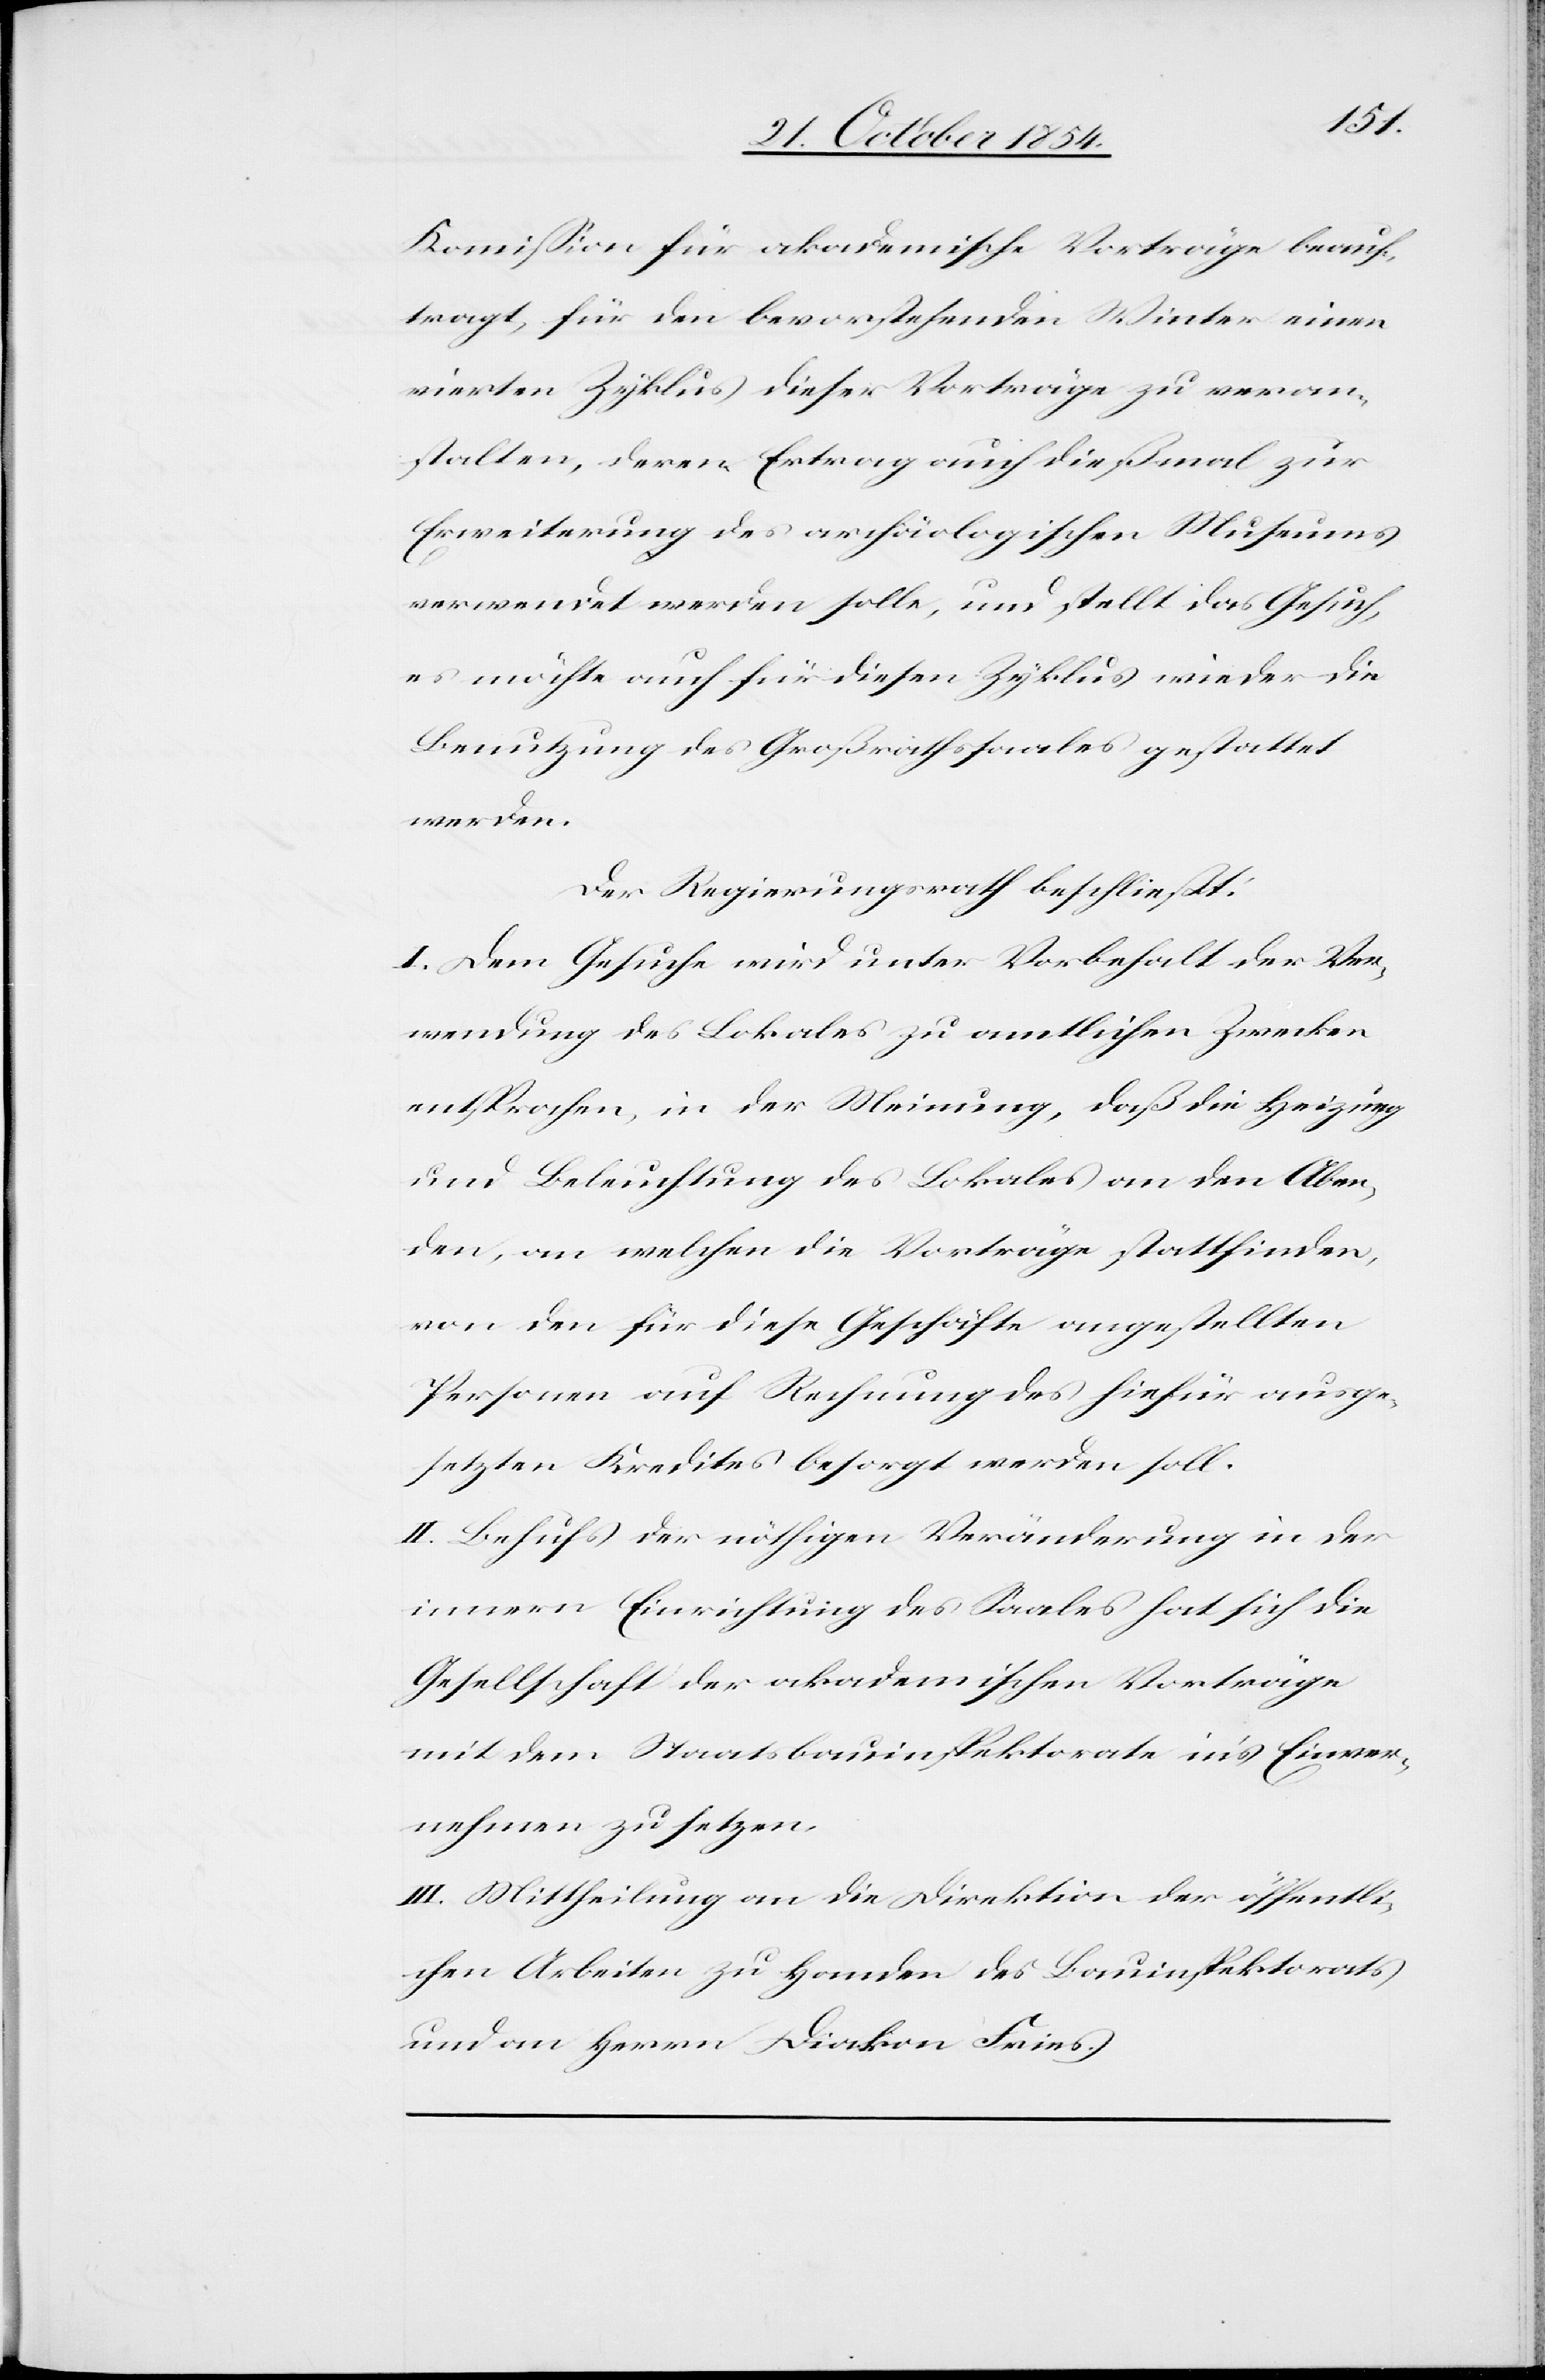
Kommißion für akademische Vorträge beauf¬
tragt, für den bevorstehenden Winter einen
vierten Zyklus dieser Vorträge zu veran¬
stalten, deren Ertrag auch dießmal zur
Erweiterung des archäologischen Museums
verwendet werden solle, und stellt das Gesuch,
es möchte auch für diesen Zyklus wieder die
Benutzung des Großrathssaales gestattet
werden.
Der Regierungsrath beschließt:
I. Dem Gesuche wird unter Vorbehalt der Ver¬
wendung des Lokales zu amtlichen Zwecken
entsprochen, in der Meinung, daß die Heizung
und Beleuchtung des Lokales an den Aben¬
den, an welchen die Vorträge stattfinden,
von den für diese Geschäfte angestellten
Personen auf Rechnung des hiefür ausge¬
setzten Kredites besorgt werden soll.
II. Behufs der nöthigen Veränderung in der
innern Einrichtung des Saales hat sich die
Gesellschaft der akademischen Vorträge
mit dem Staatsbauinspektorate in’s Einver¬
nehmen zu setzen.
III. Mittheilung an die Direktion der öffentli¬
chen Arbeiten zu Handen des Bauinspektorates
und an Herrn Diakon Fries.